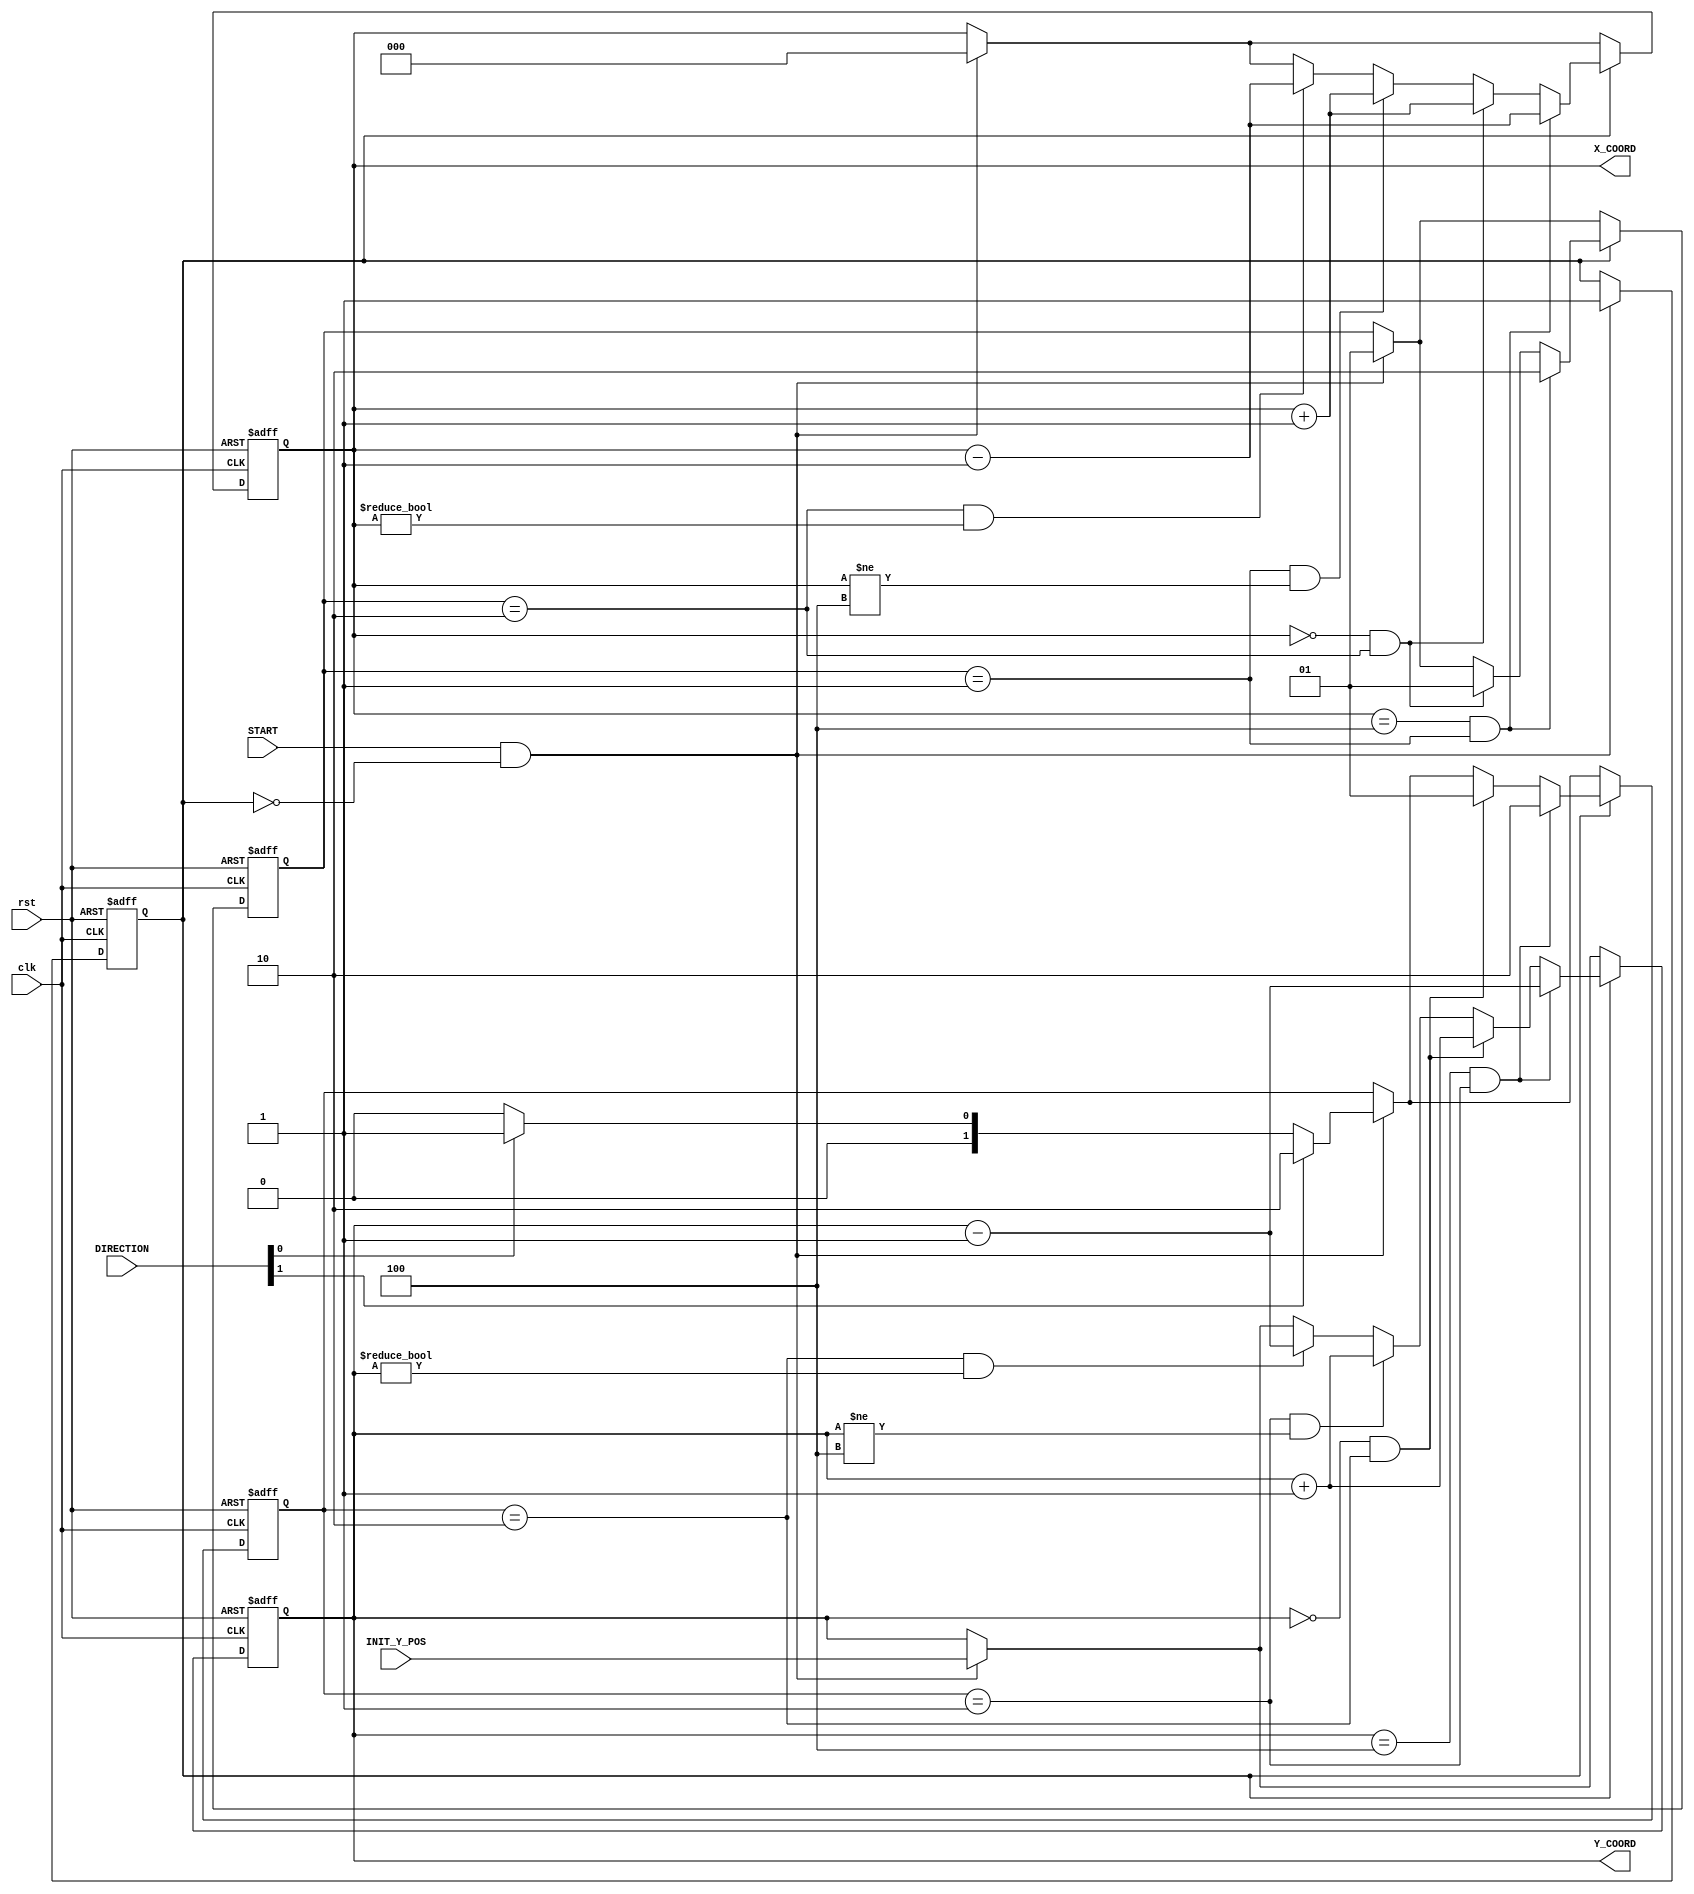
module DigiHockey(input clk, input rst,
                  input START,
                  input [1:0] DIRECTION,
                  input [2:0] INIT_Y_POS,
                  output reg [2:0] X_COORD,
                  output reg [2:0] Y_COORD);

    reg moving;
    reg [1:0] horiz_direction; // 1: right, 2: left
    reg [1:0] vert_direction;  // 0: no vertical move, 1: up, 2: down

    always @(posedge clk or posedge rst) begin
        if (rst) begin
            // Reset logic
            X_COORD <= 3'b000;
            Y_COORD <= 3'b000;
            moving <= 0;
            horiz_direction <= 1; // Start moving to the right
            vert_direction <= 0; // No vertical move
        end else begin
            if (START && !moving) begin
                // Start the movement
                X_COORD <= 3'b000;
                Y_COORD <= INIT_Y_POS;
                moving <= 1;
                horiz_direction <= 1; // Begin moving to the right
                vert_direction <= DIRECTION[1] ? 2 : (DIRECTION[0] ? 1 : 0); // Decode DIRECTION
            end

            if (moving) begin
                // Horizontal movement logic
                if (horiz_direction == 1 && X_COORD != 3'b100)
                    X_COORD <= X_COORD + 1;
                else if (horiz_direction == 2 && X_COORD != 3'b000)
                    X_COORD <= X_COORD - 1;

                // Vertical movement logic
                if (vert_direction == 1 && Y_COORD != 3'b100) // Up and not at top wall
                    Y_COORD <= Y_COORD + 1;
                else if (vert_direction == 2 && Y_COORD != 3'b000) // Down and not at bottom wall
                    Y_COORD <= Y_COORD - 1;

                // Check for horizontal wall bounce
                if (X_COORD == 3'b100 && horiz_direction == 1) begin // Right wall
                    horiz_direction <= 2; // Change direction to left
                    X_COORD <= X_COORD - 1;
                end
                else if (X_COORD == 3'b000 && horiz_direction == 2) begin // Left wall
                    horiz_direction <= 1; // Change direction to right
                    X_COORD <= X_COORD + 1;
                end
                // Check for vertical wall bounce
                if (Y_COORD == 3'b100 && vert_direction == 1) begin // Top wall
                    vert_direction <= 2; // Change direction to down
                    Y_COORD <= Y_COORD - 1;
                end
                else if (Y_COORD == 3'b000 && vert_direction == 2) begin // Bottom wall
                    vert_direction <= 1; // Change direction to up
                    Y_COORD <= Y_COORD + 1;
                end
            end
        end
    end
endmodule